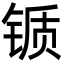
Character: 锧